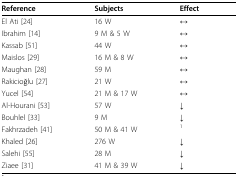
| Reference | Subjects | Effect |
 | --- | --- | --- |
 | El Ati [24] | 16 W | ↔ |
 | Ibrahim [14] | 9 M & 5 W | ↔ |
 | Kassab [51] | 44 W | ↔ |
 | Maislos [29] | 16 M & 8 W | ↔ |
 | Maughan [28] | 59 M | ↔ |
 | Rakicioğlu [27] | 21 W | ↔ |
 | Yucel [54] | 21 M & 17 W | ↔ |
 | Al-Hourani [53] | 57 W | ↓ |
 | Bouhlel [33] | 9 M | ↓ |
 | Fakhrzadeh [41] | 50 M & 41 W | 1 |
 | Khaled [26] | 276 W | ↓ |
 | Salehi [55] | 28 M | ↓ |
 | Ziaee [31] | 41 M & 39 W | ↓ |